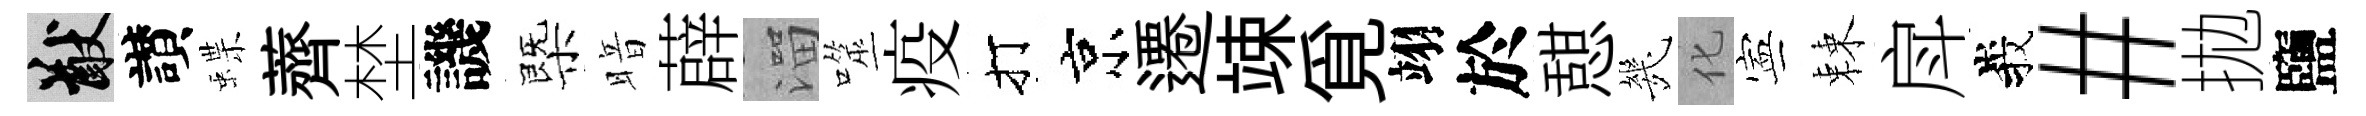
猷讃蝶薺埜譏㮣暗薜溜噬疫打京遷竦覓翊於憇㡬化寕棘戽峩#拋鹽